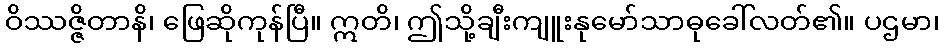
ဝိဿဇ္ဇိတာနိ၊ ဖြေဆိုကုန်ပြီ။ ဣတိ၊ ဤသို့ချီးကျူးနုမော်သာဓုခေါ်လတ်၏။ ပဌမာ၊